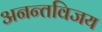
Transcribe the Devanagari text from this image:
अनन्तविजय